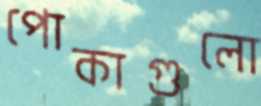
পোকাগুলো